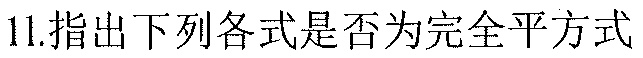
11.指出下列各式是否为完全平方式